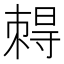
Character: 𡭂